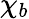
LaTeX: \chi_{b}